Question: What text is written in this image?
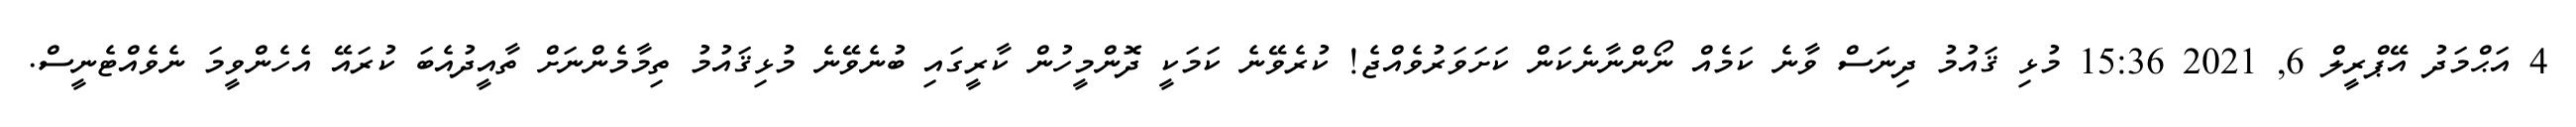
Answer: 4 އަޙްމަދު އޭޕްރީލް 6, 2021 15:36 މުޅި ޤައުމު ދިނަސް ވާނެ ކަމެއް ނޯންނާނެކަން ކަށަވަރުވެއްޖެ! ކުރެވޭނެ ކަމަކީ ދޮންމީހުން ކާރީގައި ބުނެވޭނެ މުޅިޤައުމު ތިމާމެންނަށް ތާއީދުއެބަ ކުރައޭ އެހެންވީމަ ނެވެއްޓެނީސް.